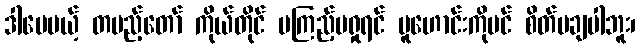
ဒါပေမယ့် တပည့်တော် ကိုယ်တိုင် မကြည့်မရှုရင် မူဟောင်းကိုပင် စိတ်မချပါဘူး၊